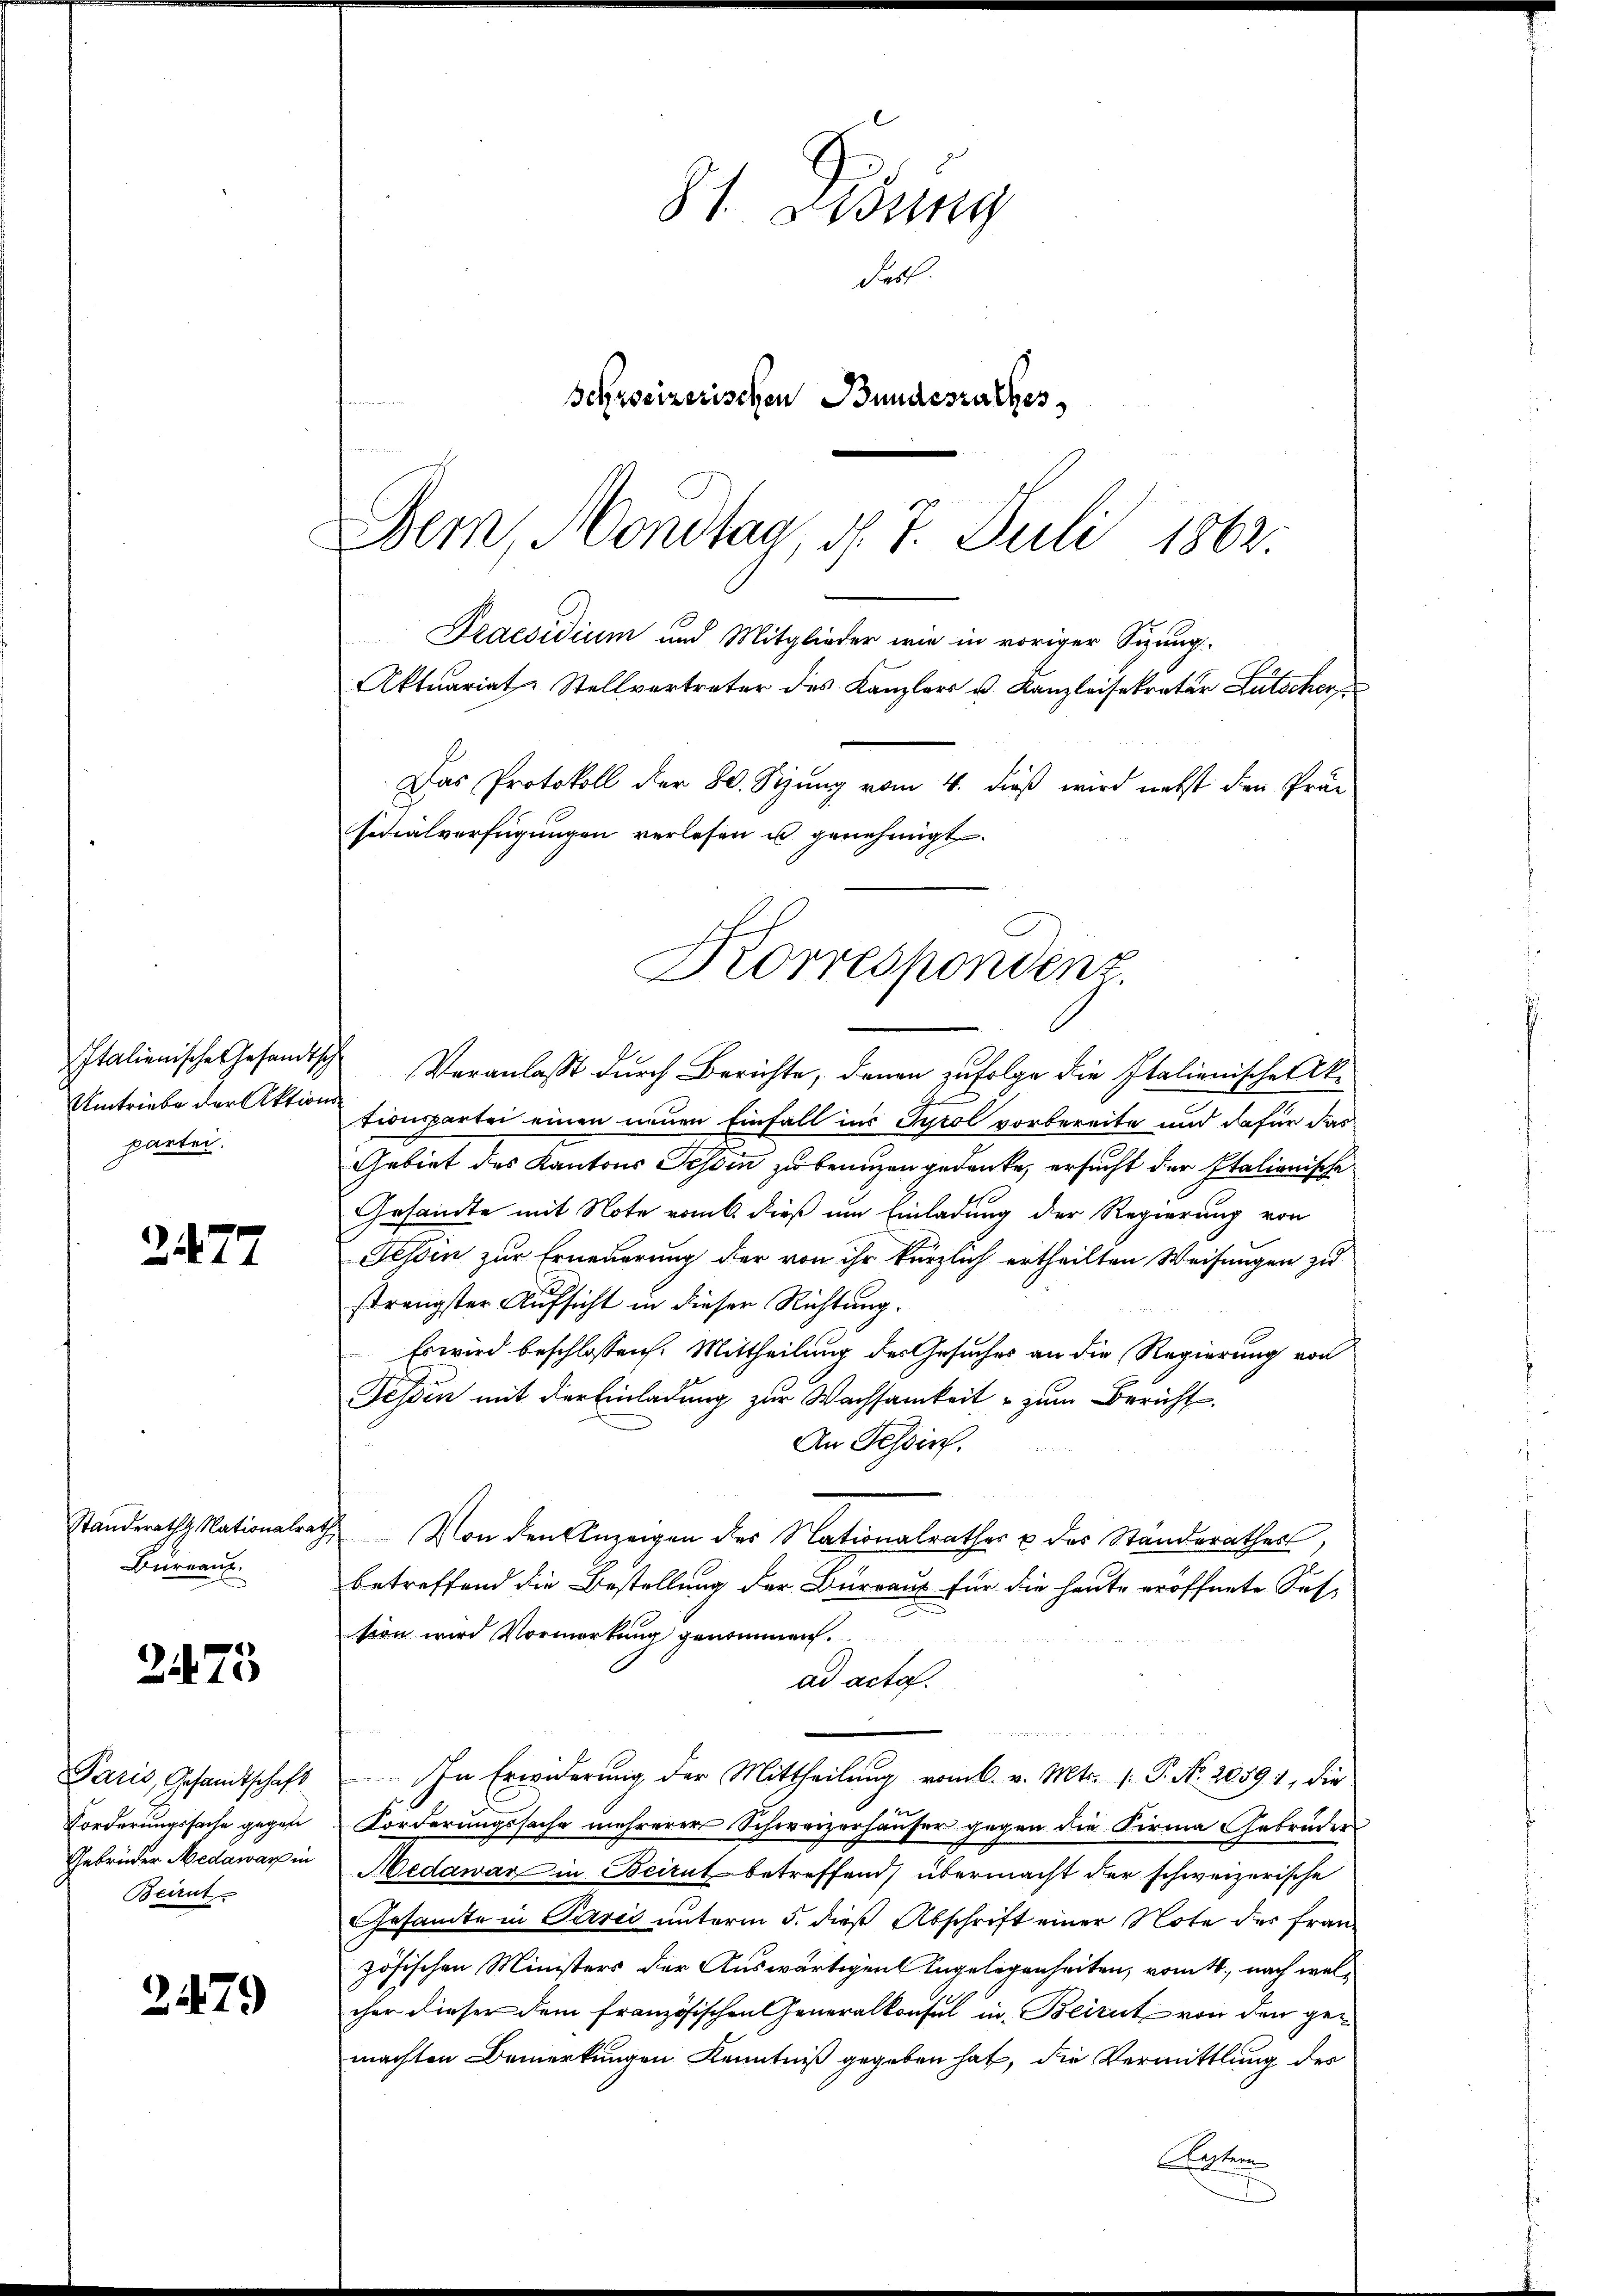
Umtriebe der Aktions
partei.

2472

Bureau.

2473

Paris, Gesandtschaft
Gebrüder Medawar in
Beirut

2479

81. Bösig
Fest
Schreizerischen Bundesrathes
Bem, Mondtag, d. 7. Juli 1862.

Praesidium und Mitglieder wie in voriger Sizung.
Aktuariat-Stellvertreter des Kanzlers u. Kanzleisekretär Lutscher
Das Protokoll der 20. Stung vom 4. dieß wird nebst den Präs
sicialverfügungen verlesen u genehmigt.
Korrespondenz.

Italienische Gesandtsche Veranlaßt durch Berichte, denen zufolge die Italienische ktionspartei einen neuen Einfall ins Tyrol vorbereite und dafür das
Gebiet des Kantons Tessin zu benuzen gedanke, ersucht der Italionische
Gesandte mit Note vom 6. dieß um Einladung der Regierung von
Fessen zur Erneuerung der von ihr kürzlich ertheilten Weisungen zu
strengster Aufsicht in dieser Richtung.
Es wird beschlossen: Mittheilung des Gesuches an die Regierung von
Fessen mit der Einladung zur Wachsamkeit - zum Bericht
An Tessin.
u
standerath Nationalrath Von den Anzeigen des Nationalrathes u des Ständerathes,
betreffend die Bestellung der Burraus für die heute eröffnete Sohtion wird Vormerkung genommen.
ad acta.
In Erwiderung der Mittheilung vom k. v. Mts. (: P. Nr. 20591, die
e
Forderungssache gegen Forderungssache mehrerer Schweizerhäuser gegen die Firma Gebrüder
Hedawar in Beirut betreffend übermacht der schweizerische
Gesamte in Paris unterm 5. dieß Abschrift einer Note der Französischen Ministers der Auswärtigen Engelegenheiten, vom 4. nach welcher dieser dem französischen Generalkonsul in Beirut von den gemachten Bemerkungen Kenntniß gegeben hat, die Vermittlung des
nten